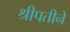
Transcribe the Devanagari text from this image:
श्रीपतीने